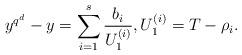
LaTeX: \begin{align*}y^{q^d}-y=\sum_{i=1}^{{s}} \frac{b_i}{U_1^{(i)}}, U_1^{(i)}=T-\rho_i.\end{align*}